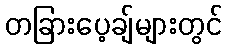
တခြားပေ့ချ်များတွင်